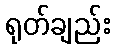
ရုတ်ချည်း